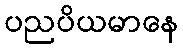
ပညပိယမာနေ